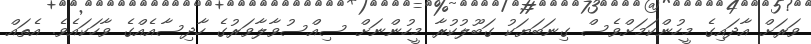
ވަރަށް އާދައިގެ މީހުންކަމަށްވެސް ގިނަބަޔަކު ގަބޫލުކުރާ މީހުންނަށް ސިއްސުވާލާވަރުގެ ހާދިސާއެއްގެ ވާހަކައެވެ. އެތައް